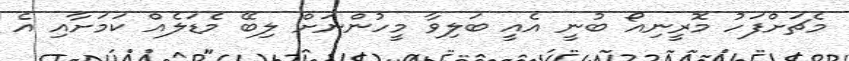
މެޗަށްފަހު މޮރީނިއޯ ބުނީ އެއީ ބަލިވާ މީހުންނަށް ލިބޭ މެޑަލެއް ކަމަށާއި އެ